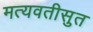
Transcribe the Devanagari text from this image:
मत्यवतीसुत